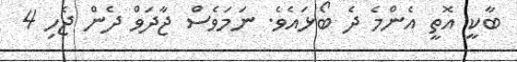
ބާކީ އޮތީ އެންމެ ދެ ބޯޅައެވެ. ނަމަވެސް ޖާދަވް ދެން ޖެހި 4